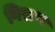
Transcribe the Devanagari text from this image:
गिराण